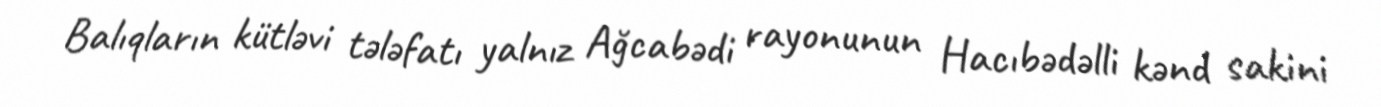
Balıqların kütləvi tələfatı yalnız Ağcabədi rayonunun Hacıbədəlli kənd sakini